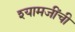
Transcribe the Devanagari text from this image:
श्यामजींची